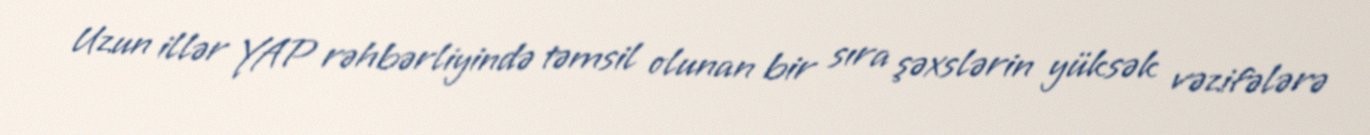
Uzun illər YAP rəhbərliyində təmsil olunan bir sıra şəxslərin yüksək vəzifələrə